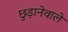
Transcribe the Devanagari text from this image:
छुड़ानेवाले